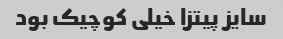
سایز پیتزا خیلی کوچیک بود